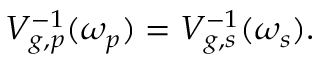
V _ { g , p } ^ { - 1 } ( \omega _ { p } ) = V _ { g , s } ^ { - 1 } ( \omega _ { s } ) .